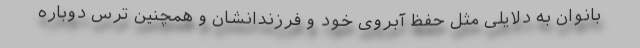
بانوان به دلایلی مثل حفظ آبروی خود و فرزندانشان و همچنین ترس دوباره